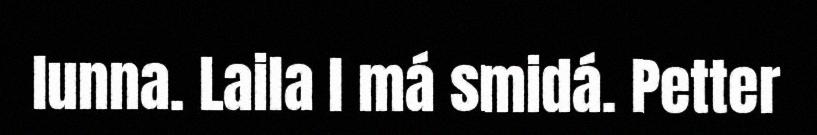
lunna. Laila l má smidá. Petter